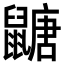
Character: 𪕹